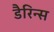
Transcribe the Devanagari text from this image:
डैरिन्स